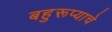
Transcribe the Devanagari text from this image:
बहुरूप्याचे